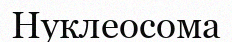
Нуклеосома